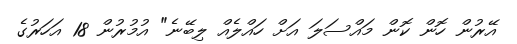
އޭރުން ހޮން ކޮން މައްސަލަ އަށް ހައްލެއް ލިބޭނެ" އުމުރުން 18 އަހަރުގެ